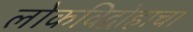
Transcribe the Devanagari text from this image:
लोकविद्रोहाचा